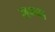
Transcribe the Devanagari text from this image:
लग्ना